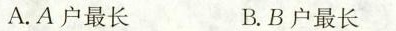
A.A户最长 B.B户最长